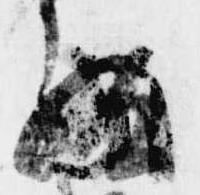
給